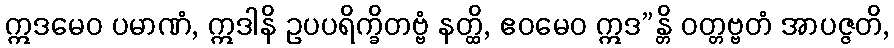
ဣဒမေဝ ပမာဏံ, ဣဒါနိ ဥပပရိက္ခိတဗ္ဗံ နတ္ထိ, ဧဝမေဝ ဣဒ”န္တိ ဝတ္တဗ္ဗတံ အာပဇ္ဇတိ,